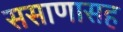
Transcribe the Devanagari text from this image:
ससाणासह